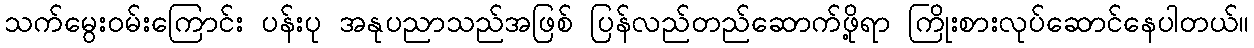
သက်မွေးဝမ်းကြောင်း ပန်းပု အနုပညာသည်အဖြစ် ပြန်လည်တည်ဆောက်ဖို့ရာ ကြိုးစားလုပ်ဆောင်နေပါတယ်။